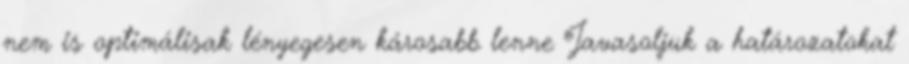
nem is optimálisak lényegesen károsabb lenne Javasoljuk a határozatokat